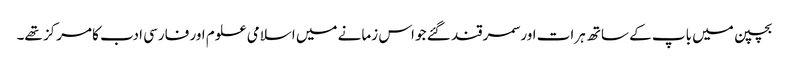
بچپن میں باپ کے ساتھ ہرات اور سمرقند گئے جو اس زمانے میں اسلامی علوم اور فارسی ادب کا مرکز تھے۔